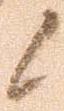
候